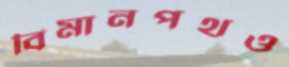
বিমানপথও